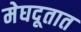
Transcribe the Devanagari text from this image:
मेघदूतात